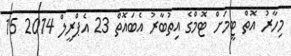
މިހާރު އޮތް ޓީމަށް ޓޮމްގެ އިތުބާރު އެބައޮތް 23 އެޕްރީލް 2014 15